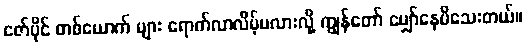
ဇော်ပိုင် တစ်ယောက် များ ရောက်လာလိမ့်မလားလို့ ကျွန်တော် မျှော်နေမိသေးတယ်။